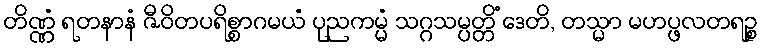
တိဏ္ဏံ ရတနာနံ ဇီဝိတပရိစ္စာဂမယံ ပုညကမ္မံ သဂ္ဂသမ္ပတ္တိံ ဒေတိ, တသ္မာ မဟပ္ဖလတရဉ္စ